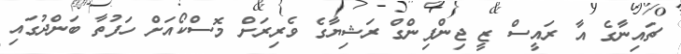
ޗައިނާގެ އާ ރައީސް ޒީ ޖިންޕިންގް ރަޝިޔާގެ ވެރިރަށް މޮސްކޯއަށް ހަފުތާ ބަންދުގައި